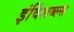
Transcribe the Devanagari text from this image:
इंविंशब्ल्स